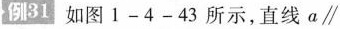
例31 如图1-4-43所示，直线a\parallel